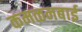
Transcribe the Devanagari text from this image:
कमळनबाई